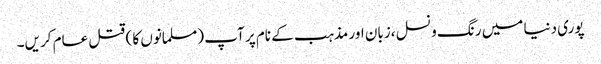
پوری دنیا میں رنگ و نسل ،زبان اور مذہب کے نام پر آپ (مسلمانوں کا ) قتل عام کریں۔